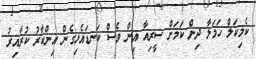
ކެމިކަލް ހަމަލާ ދިން ކަމަށް ސީރިއާ އިން ވެސް ކަނޑައެޅިގެން އިންކާރު ކުރާއިރު